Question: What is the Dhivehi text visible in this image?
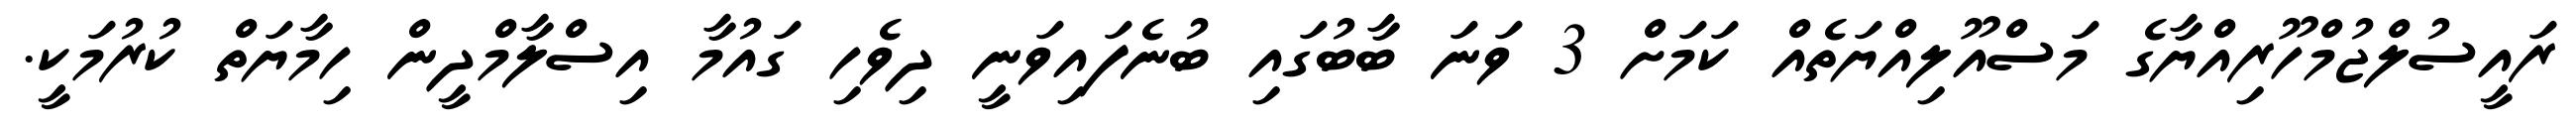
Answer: ރައީސުލްޖުމްހޫރިއްޔާގެ މަސްއޫލިއްޔަތެއް ކަމަށް 3 ވަނަ ބާބުގައި ބުނެފައިވަނީ ދިވެހި ގައުމާ އިސްލާމްދީން ހިމާޔަތް ކުރުމަކީ.